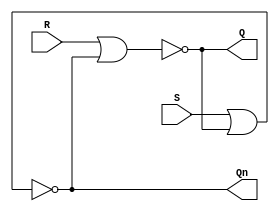
module SR_latch_nor
(
	S,
	R,
	Q,
	Qn
);

	input S, R;
	output Q, Qn;

	nor nor_0(Q, R, Qn);
	nor nor_1(Qn, S, Q);

endmodule